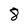
Character: 8